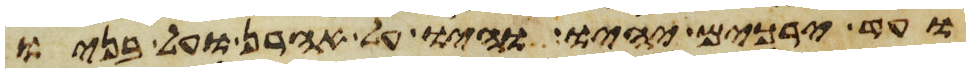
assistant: ועד ירכים יהיו והיו על אהרן ועל בניו